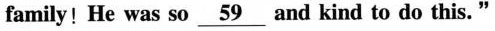
amily!He was so \underline{59} and kind to do this."